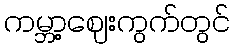
ကမ္ဘာ့ဈေးကွက်တွင်